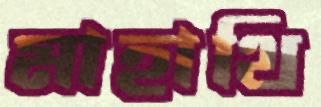
মাহাথি